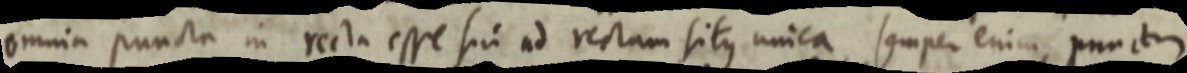
omnia puncta in recta esse sin ad rectam situs unica, semper enim punctum